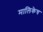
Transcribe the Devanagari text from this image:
मालिकेच